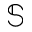
\mathbb { S }